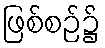
ဖြစ်စဉ်၌